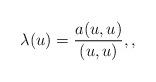
LaTeX: \begin{align*} \lambda(u)=\frac{a(u,u)}{(u,u)}, ,\end{align*}